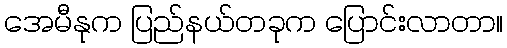
အေမီနုက ပြည်နယ်တခုက ပြောင်းလာတာ။